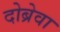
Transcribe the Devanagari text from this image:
दोब्रेवा